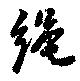
縄